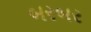
બરબર